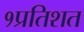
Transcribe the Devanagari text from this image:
१प्रतिशत